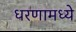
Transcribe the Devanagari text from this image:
धरणामध्ये